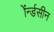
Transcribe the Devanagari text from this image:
ॲर्न्डसीन